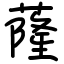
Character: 蕯